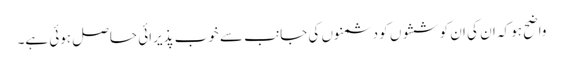
واضح ہو کہ ان کی ان کوششوں کو دشمنوں کی جانب سے خوب پذیرائی حاصل ہوئی ہے۔